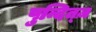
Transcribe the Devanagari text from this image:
पुन्दित्ज़